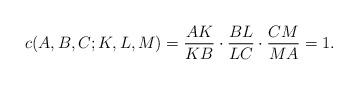
LaTeX: \begin{align*} c(A,B,C;K,L,M)=\frac{AK}{KB}\cdot\frac{BL}{LC}\cdot\frac{CM}{MA}=1. \end{align*}